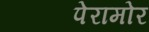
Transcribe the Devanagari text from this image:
पेरामोर